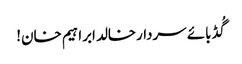
گُڈ بائے سردارخالد ابراہیم خان!